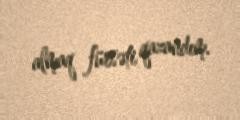
almaq fürsəti qazandım.